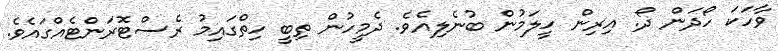
ވާހަކަ ހޯދަން ދޯ. އިރިން ހީލަމުން ބުނެލިއެވެ. ދެމީހުން ތިބީ ހިތްގައިމު ރެސްޓޮރަންޓެއްގައެވެ.